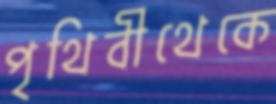
পৃথিবীথেকে